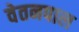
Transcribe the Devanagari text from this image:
वेतनपाल